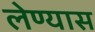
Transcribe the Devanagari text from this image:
लेण्यास